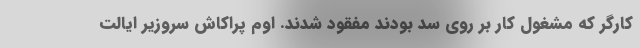
کارگر که مشغول کار بر روی سد بودند مفقود شدند. اوم پراکاش سروزیر ایالت